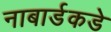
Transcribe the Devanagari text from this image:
नाबार्डकडे